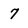
Character: 7